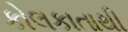
કોલકાતાથી